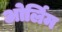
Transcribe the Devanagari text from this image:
ओर्लिम